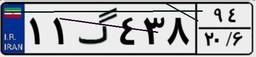
۹۰گ۵۷۳۲۱